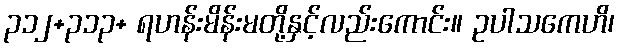
၃၁၂+၃၁၃+ ရဟန်းမိန်းမတို့နှင့်လည်းကောင်း။ ဥပါသကေဟိ၊